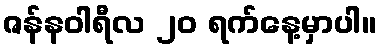
ဇန်နဝါရီလ ၂၀ ရက်နေ့မှာပါ။